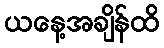
ယနေ့အချိန်ထိ